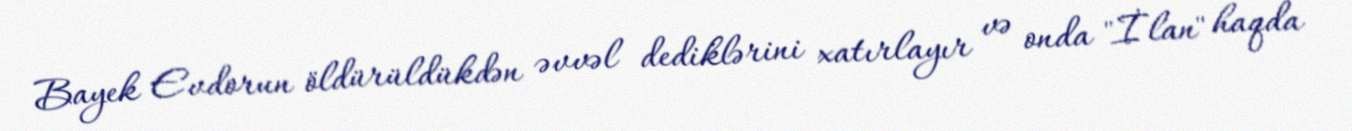
Bayek Evdorun öldürüldükdən əvvəl dediklərini xatırlayır və onda "İlan" haqda